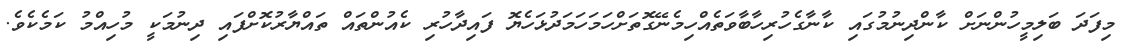
މިފަދަ ބަލިމީހުންނަށް ކާންދިނުމުގައި ކާނާގެހުރިހާބާވަތެއްހިމެނޭގޮތަށްހަމަހަމަދުޅަހެޔޮ ފައިދާހުރި ކެއުންތައް ތައްޔާރުކޮށްފައި ދިނުމަކީ މުހިއްމު ކަމެކެވެ.